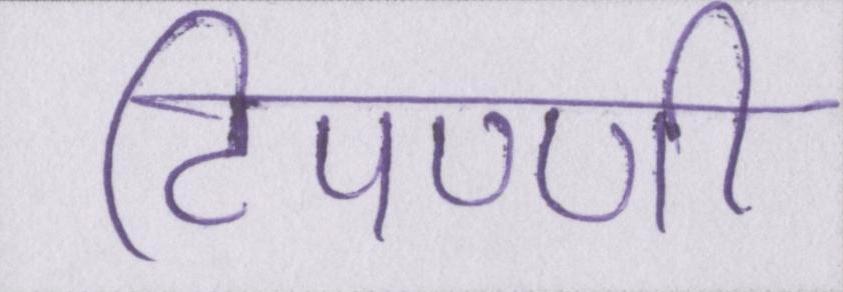
टिपण्णी